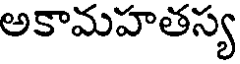
అకామహతస్య